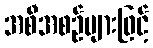
အစီအစဉ်များဖြင့်